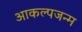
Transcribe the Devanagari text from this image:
आकल्पजन्म